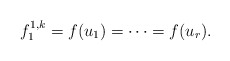
\begin{align*}f_1^{1,k} = f(u_1) = \cdots = f(u_r).\end{align*}